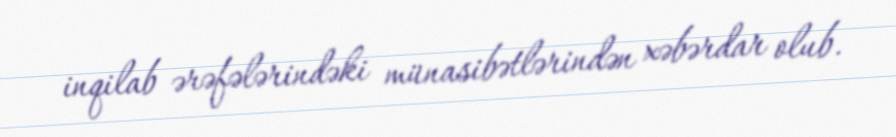
inqilab ərəfələrindəki münasibətlərindən xəbərdar olub.